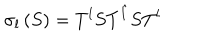
\sigma _ { l } \left( S \right) = T ^ { l } S T ^ { \hat { l } } S T ^ { l }